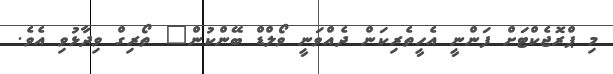
މި ޕްރޮޖެކްޓަށް ފަންނީ އެހީތެރިކަން ދެއްވަނީ ވޯލްޑް ބޭންކުން" ތޯރިގް ވިދާޅުވި އެވެ.